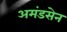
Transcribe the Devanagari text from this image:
अमंडसेन